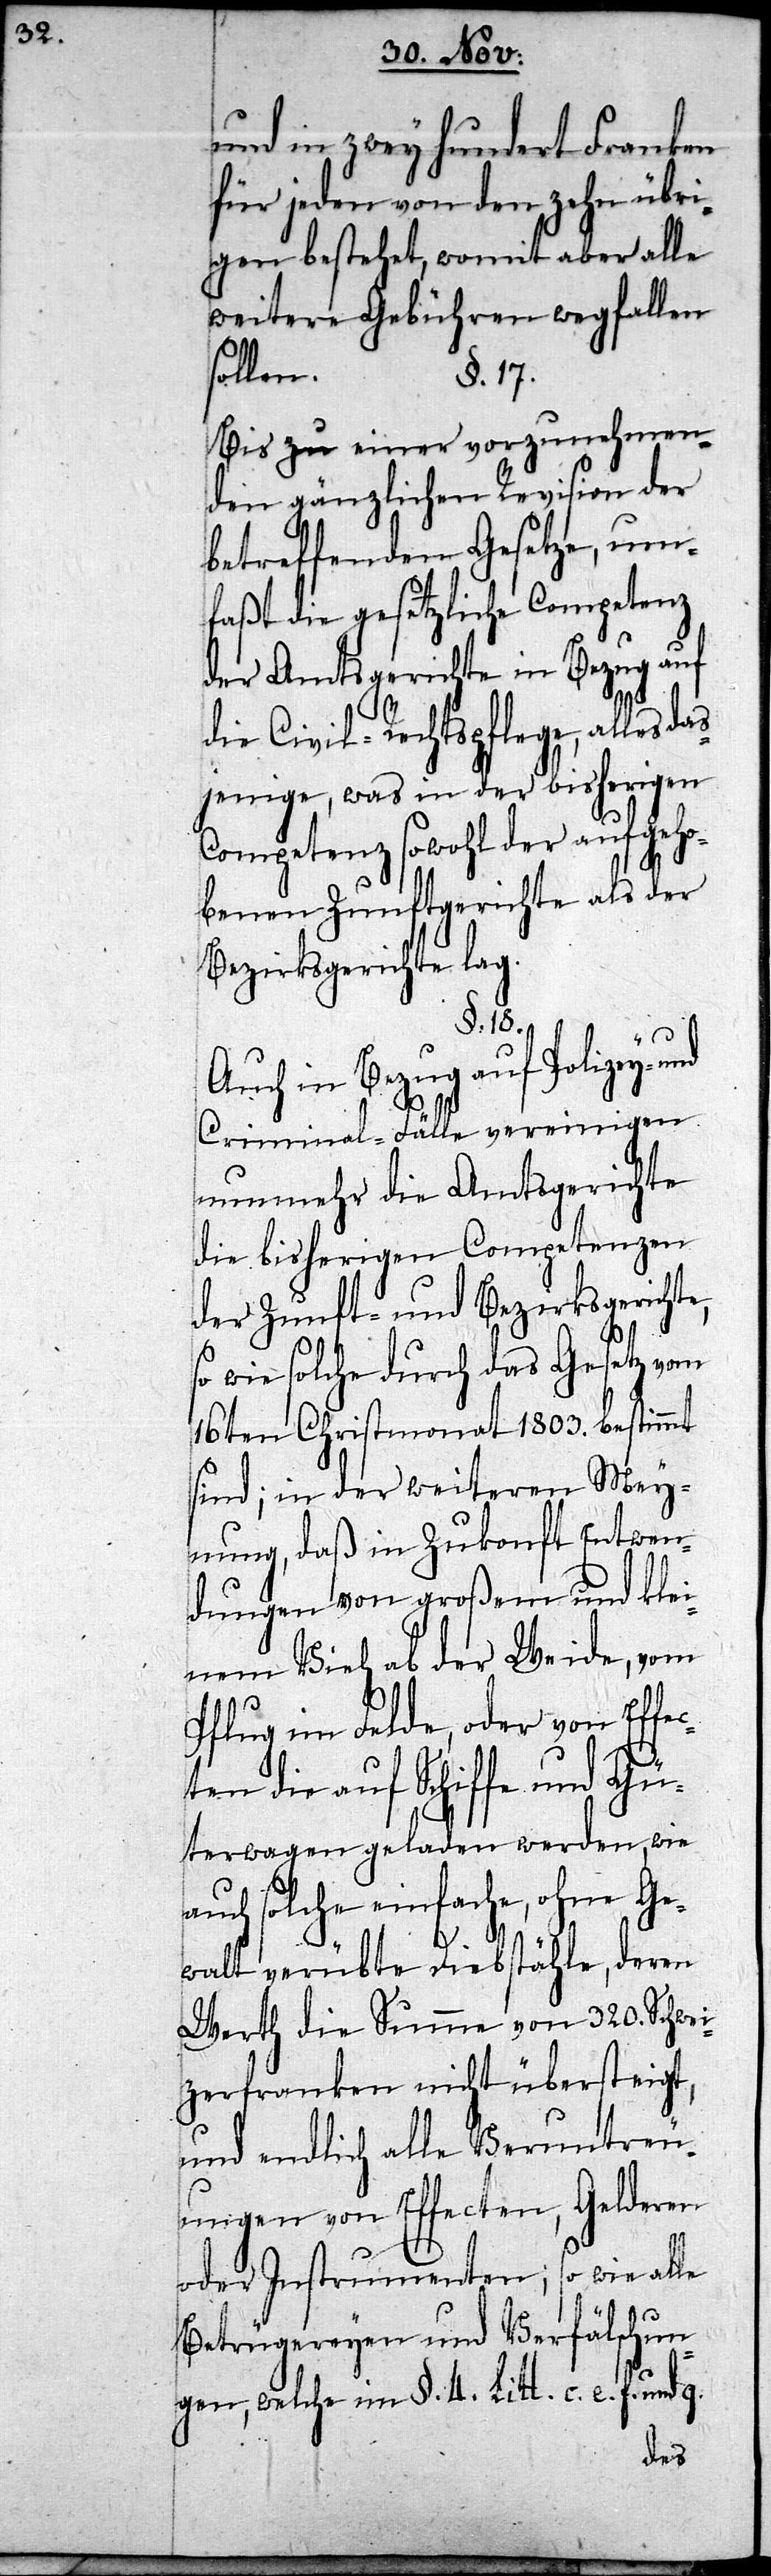
und in zwey hundert Franken
für jeden von den zehn übri¬
gen bestehet, womit aber alle
weitere Gebühren wegfallen
sollen.
§. 17.
Bis zu einer vorzunehmen¬
den gänzlichen Revision der
betreffenden Gesetze, um¬
faßt die gesetzliche Competenz
der Amtsgerichte in Bezug auf
die Civil-Rechtspflege, alles da¬
sjenige, was in der bisherigen
Competenz sowohl der aufgeho¬
benen Zunftgerichte als der
Bezirksgerichte lag.
§. 18.
Auch in Bezug auf die
Criminal-Fälle vereinigen
nunmehr die Amtsgerichte
die bisherigen Competenzen
der Zunft- und Bezirksgerichte,
so wie solche durch das Gesetz vom
16ten Christmonath 1803. bestimmt
sind; in der weiteren Mey¬
nung, daß in Zukonft Entwen¬
dungen von großem und klei¬
nem Vieh ab der Weide, vom
Pflug im Felde, oder von Effe¬
cten die auf Schiffe und Gü¬
terwagen geladen werden, wie
auch solche einfache, ohne Ge¬
walt verübte Diebstähle, deren
Werth die Summe von 320. Schwei¬
zerfranken nicht übersteigt,
und endlich alle Veruntreu¬
ungen von Effecten, Gelderen
oder Instrumenten; so wie alle
Betrügereyen und Verfälschun¬
gen, welche im §. 4. Litt. c. e. f und g.